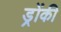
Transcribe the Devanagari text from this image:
ड्रोंकी